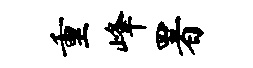
重峰署